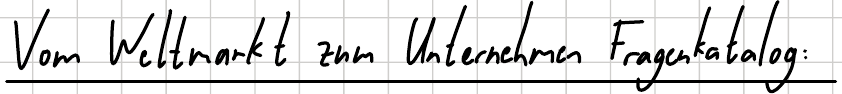
Vom Weltmarkt zum Unternehmen Fragenkatalog: